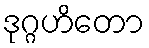
ဒုဂ္ဂဟိတော